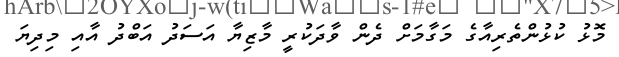
މޮޅު ކުޅުންތެރިއާގެ މަގާމަށް ދެން ވާދަކުރީ މާޒިޔާ އަސަދު އަބްދު އާއި މިދިޔަ